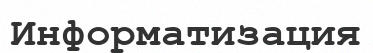
Информатизация